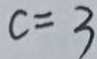
c = 3